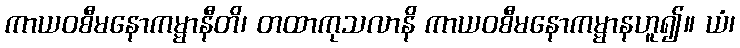
ကာယဝစီမနောကမ္မာနီတိ၊ တထာကုသလာနိ ကာယဝစီမနောကမ္မာနဟူ၍။ ယံ၊